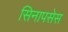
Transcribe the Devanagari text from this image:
सिनापसेस